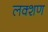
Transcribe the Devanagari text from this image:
लक्शण